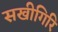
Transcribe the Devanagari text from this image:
सखीगिरि